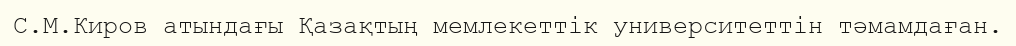
С.М.Киров атындағы Қазақтың мемлекеттік университеттін тәмамдаған.